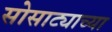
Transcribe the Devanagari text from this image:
सोसाट्याच्या